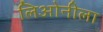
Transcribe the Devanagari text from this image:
लिओनीला